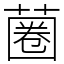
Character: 蔨